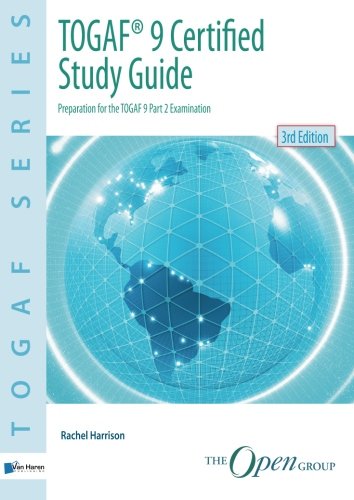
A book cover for TOGAFÂ® 9 Certified Study Guide EE 3rd Edition; Rachel Harrison; Education & Teaching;